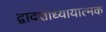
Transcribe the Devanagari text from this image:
द्वादशाध्यायात्मक